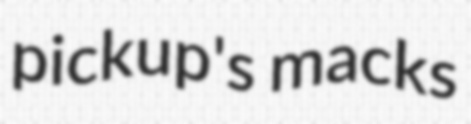
pickup's macks